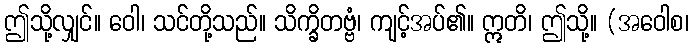
ဤသို့လျှင်။ ဝေါ၊ သင်တို့သည်။ သိက္ခိတဗ္ဗံ၊ ကျင့်အပ်၏။ ဣတိ၊ ဤသို့။ (အဝေါစ၊